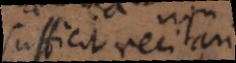
sufficit recitari